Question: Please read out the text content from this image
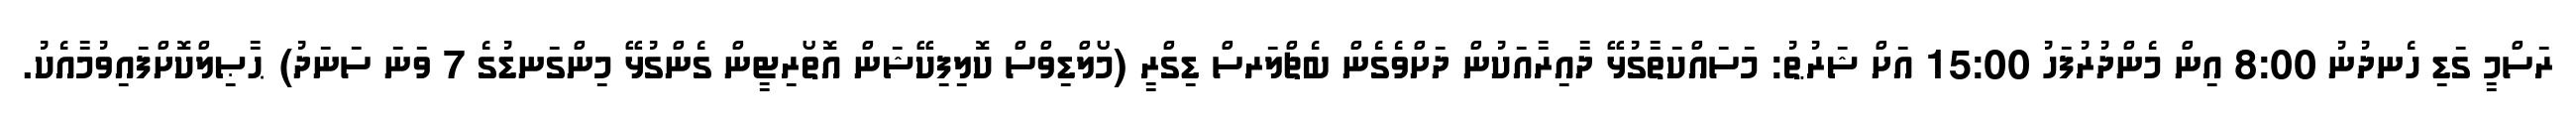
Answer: ރަސްމީ ގަޑި ހެނދުނު 8:00 އިން މެންދުރުފަހު 15:00 އަށް ޝަރުޠު: މަސައްކަތާގުޅޭ ދާއިރާއަކުން ދަށްވެގެން ބެޗްލަރސް ޑިގްރީ (މޯލްޑިވްސް ކޮލިފިކޭޝަން އޮތޯރިޓީން ގެންގުޅޭ މިންގަނޑުގެ 7 ވަނަ ސަނަދު) ޙާޞިލްކޮށްފައިވުމާއެކު.